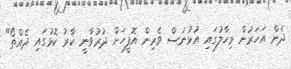
ދެން އަހަރުން މިހާލުގައި އުޅުނަސް ވެރިން އޮފީހަށް ދުރުވާނީ ކާރު ކޮޅުގައި ދެއްތޯ"